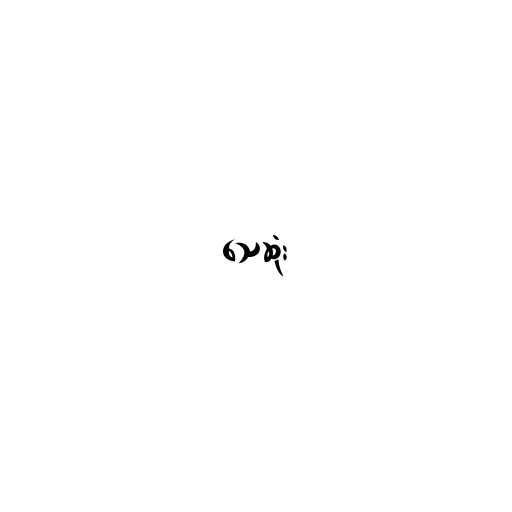
သေဆုံး